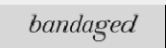
bandaged